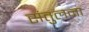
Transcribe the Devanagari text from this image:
संतुलना